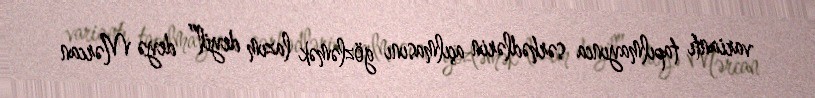
variantı tapılmayınca sərhədlərin açılmasını gözləmək lazım deyil” deyə Mərcan